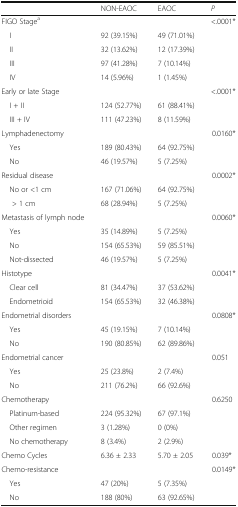
<table><thead><tr><td></td><td><b>NON-EAOC</b></td><td><b>EAOC</b></td><td><b><i>P</i></b></td></tr></thead><tbody><tr><td>FIGO Stage<sup>a</sup></td><td></td><td></td><td>&lt;.0001*</td></tr><tr><td> I</td><td>92 (39.15%)</td><td>49 (71.01%)</td><td></td></tr><tr><td> II</td><td>32 (13.62%)</td><td>12 (17.39%)</td><td></td></tr><tr><td> III</td><td>97 (41.28%)</td><td>7 (10.14%)</td><td></td></tr><tr><td> IV</td><td>14 (5.96%)</td><td>1 (1.45%)</td><td></td></tr><tr><td>Early or late Stage</td><td></td><td></td><td>&lt;.0001*</td></tr><tr><td> I + II</td><td>124 (52.77%)</td><td>61 (88.41%)</td><td></td></tr><tr><td> III + IV</td><td>111 (47.23%)</td><td>8 (11.59%)</td><td></td></tr><tr><td>Lymphadenectomy</td><td></td><td></td><td>0.0160*</td></tr><tr><td> Yes</td><td>189 (80.43%)</td><td>64 (92.75%)</td><td></td></tr><tr><td> No</td><td>46 (19.57%)</td><td>5 (7.25%)</td><td></td></tr><tr><td>Residual disease</td><td></td><td></td><td>0.0002*</td></tr><tr><td> No or &lt;1 cm</td><td>167 (71.06%)</td><td>64 (92.75%)</td><td></td></tr><tr><td>&gt; 1 cm</td><td>68 (28.94%)</td><td>5 (7.25%)</td><td></td></tr><tr><td>Metastasis of lymph node</td><td></td><td></td><td>0.0060*</td></tr><tr><td> Yes</td><td>35 (14.89%)</td><td>5 (7.25%)</td><td></td></tr><tr><td> No</td><td>154 (65.53%)</td><td>59 (85.51%)</td><td></td></tr><tr><td> Not-dissected</td><td>46 (19.57%)</td><td>5 (7.25%)</td><td></td></tr><tr><td>Histotype</td><td></td><td></td><td>0.0041*</td></tr><tr><td> Clear cell</td><td>81 (34.47%)</td><td>37 (53.62%)</td><td></td></tr><tr><td> Endometrioid</td><td>154 (65.53%)</td><td>32 (46.38%)</td><td></td></tr><tr><td>Endometrial disorders</td><td></td><td></td><td>0.0808*</td></tr><tr><td> Yes</td><td>45 (19.15%)</td><td>7 (10.14%)</td><td></td></tr><tr><td> No</td><td>190 (80.85%)</td><td>62 (89.86%)</td><td></td></tr><tr><td>Endometrial cancer</td><td></td><td></td><td>0.051</td></tr><tr><td> Yes</td><td>25 (23.8%)</td><td>2 (7.4%)</td><td></td></tr><tr><td> No</td><td>211 (76.2%)</td><td>66 (92.6%)</td><td></td></tr><tr><td>Chemotherapy</td><td></td><td></td><td>0.6250</td></tr><tr><td> Platinum-based</td><td>224 (95.32%)</td><td>67 (97.1%)</td><td></td></tr><tr><td> Other regimen</td><td>3 (1.28%)</td><td>0 (0%)</td><td></td></tr><tr><td> No chemotherapy</td><td>8 (3.4%)</td><td>2 (2.9%)</td><td></td></tr><tr><td>Chemo Cycles</td><td>6.36 ± 2.33</td><td>5.70 ± 2.05</td><td>0.039*</td></tr><tr><td>Chemo-resistance</td><td></td><td></td><td>0.0149*</td></tr><tr><td> Yes</td><td>47 (20%)</td><td>5 (7.35%)</td><td></td></tr><tr><td> No</td><td>188 (80%)</td><td>63 (92.65%)</td><td></td></tr></tbody></table>